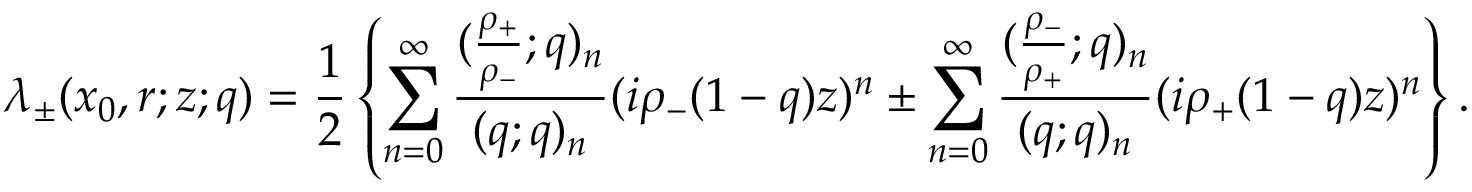
\lambda _ { \pm } ( x _ { 0 } , r ; z ; q ) = \frac { 1 } { 2 } \left\{ \sum _ { n = 0 } ^ { \infty } \frac { ( \frac { \rho _ { + } } { \rho _ { - } } ; q ) _ { n } } { ( q ; q ) _ { n } } ( i \rho _ { - } ( 1 - q ) z ) ^ { n } \pm \sum _ { n = 0 } ^ { \infty } \frac { ( \frac { \rho _ { - } } { \rho _ { + } } ; q ) _ { n } } { ( q ; q ) _ { n } } ( i \rho _ { + } ( 1 - q ) z ) ^ { n } \right\} .